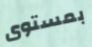
بمستوى